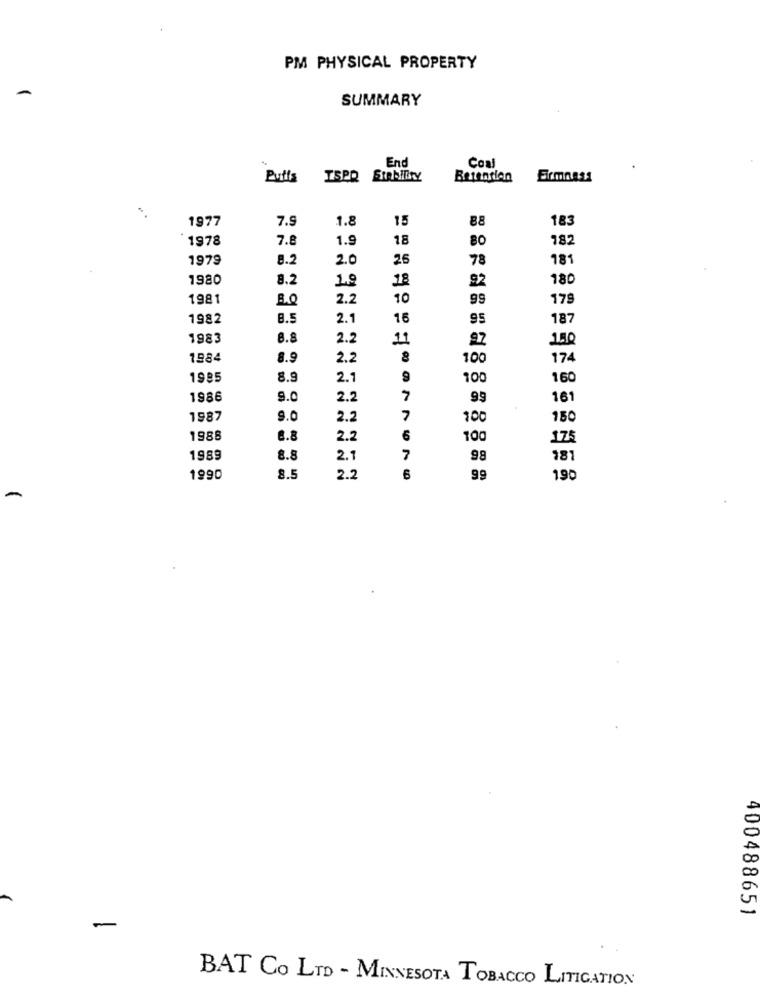
PM PHYSICAL PROPERTY
SUMMARY
End
Coal
Puffs
ISPR
StabiltY
Betention
Firmness
1977
7.9
1.8
15
88
183
1978
7.8
1.9
18
80
182
1979
8.2
2.0
25
78
18
1980
8.2
1.9
18
92
180
1981
B.Q
2.2
10
99
179
1982
8.5
2.1
16
95
187
1983
8.8
2.2
11
92
140
1984
8.9
2.2
100
174
1985
8.9
2.1
9
100
160
1986
9.0
2.2
99
161
1987
9.0
2.2
7
100
150
1988
6.8
2.2
6
100
175
1989
8.8
2.1
7
98
181
1990
8.5
2.2
6
99
190
400488651
BAT CO LTD - MINNESOTA TOBACCO LITIGATION